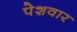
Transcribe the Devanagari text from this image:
पेशवार